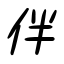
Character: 伴